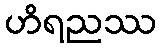
ဟိရညဿ